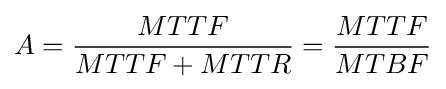
A={\frac {MTTF}{MTTF+MTTR}}={\frac {MTTF}{MTBF}}